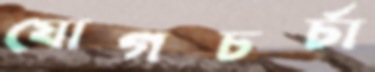
যোগচর্চা